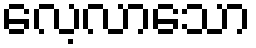
လေ့လာသော